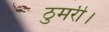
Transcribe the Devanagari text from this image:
ठुमरी।